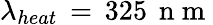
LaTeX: \lambda_{heat}\, =\, 325\, \mathrm{~n~m~}